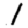
Digit: 1